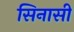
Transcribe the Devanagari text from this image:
सिनासी